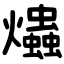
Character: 爞